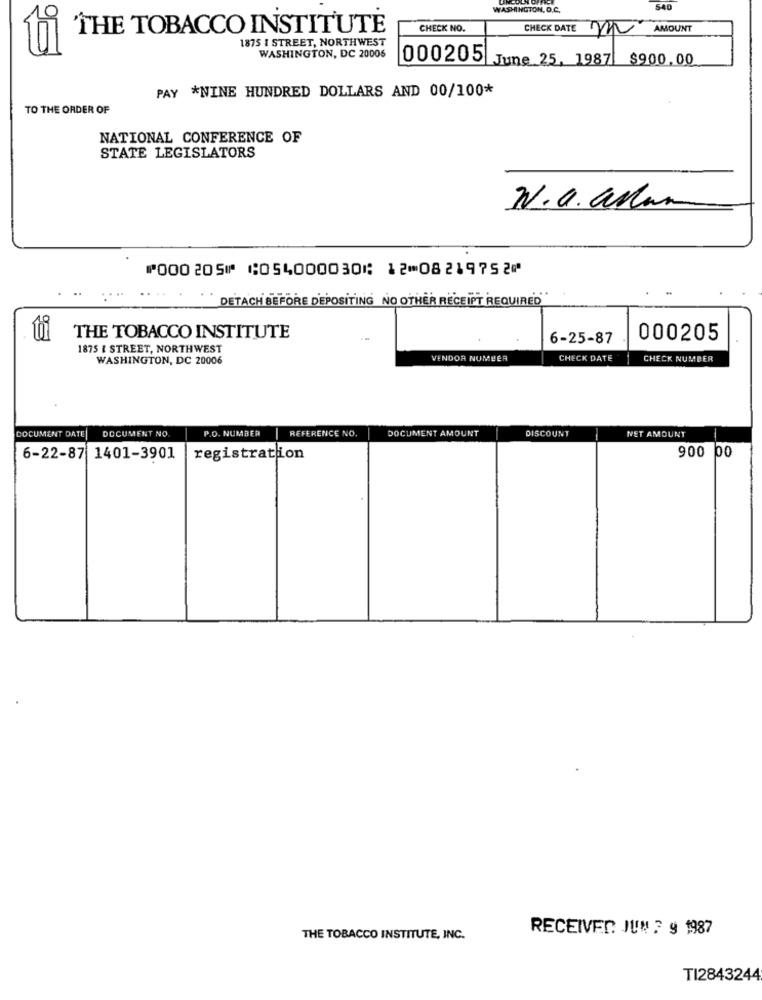
WASHINGTON, D.C.
THE TOBACCO INSTITUTE
CHECK NO.
CHECK DATE
AMOUNT
1875 1 STREET, NORTHWEST
WASHINGTON, DC 20006
000205 June 25, 1987 $900.00
PAY *NINE HUNDRED DOLLARS AND 00/100*
TO THE ORDER OF
NATIONAL CONFERENCE OF
STATE LEGISLATORS
N.a. aslan
⑈000205⑈ ⑆054000030⑆ 12⑉08219752⑈
DETACH BEFORE DEPOSITING NO OTHER RECEIPT REQUIRED
THE TOBACCO INSTITUTE
6-25-87
000205
1875 & STREET, NORTHWEST
WASHINGTON, DC 20006
VENDOR NUMBER
CHECK DATE
CHECK NUMBER
DOCUMENT DATE
P.O. NUMBER
REFERENCE NO
DOCUMENT AMOUNT
DISCOUNT
DOCUMENT NO.
NET AMOUNT
900
6-22-87 1401-3901
registration
RECEIVED: JUN 7 9 1987
THE TOBACCO INSTITUTE, INC.
TI2843244